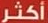
أكثر